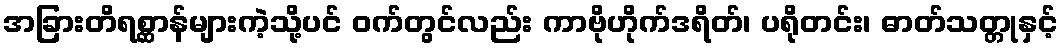
အခြားတိရစ္ဆာန်များကဲ့သို့ပင် ဝက်တွင်လည်း ကာဗိုဟိုက်ဒရိတ်၊ ပရိုတင်း၊ ဓာတ်သတ္တုနှင့်